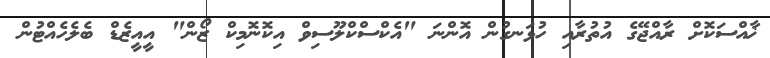
ޚާއްސަކޮށް ރާއްޖޭގެ އުތުރާއި ހުޅަނގުން އޮންނަ "އެކްސްކްލޫސިވް އިކޮނޮމިކް ޒޯން" އީއީޒެޑް ބެލެހެއްޓުން